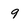
Character: 9